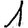
Digit: 1